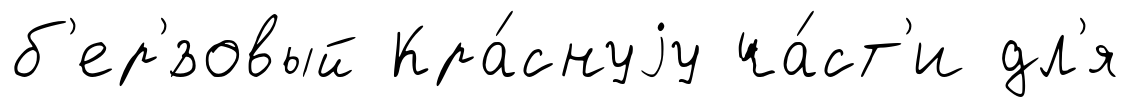
б'ер'́зовый Кра́снуjу ча́ст'и дл'я